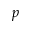
p